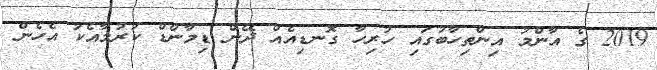
2019 ގެ އާންމު އިންތިހާބުގައި ހުރިހާ ގޮނޑިއެއް ދޭން ޑިމާންޑް ކުރުމާއެކު އެހެން